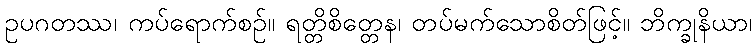
ဥပဂတဿ၊ ကပ်ရောက်စဉ်။ ရတ္တိစိတ္တေန၊ တပ်မက်သောစိတ်ဖြင့်။ ဘိက္ခုနိယာ၊